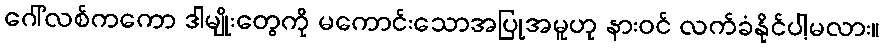
ဂေါ်လစ်ကကော ဒါမျိုးတွေကို မကောင်းသောအပြုအမူဟု နားဝင် လက်ခံနိုင်ပါ့မလား။